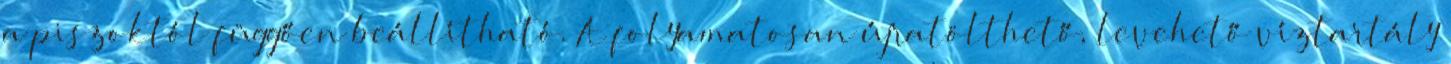
a piszoktól függően beállítható. A folyamatosan újratölthető, levehető víztartály